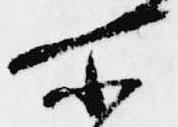
所